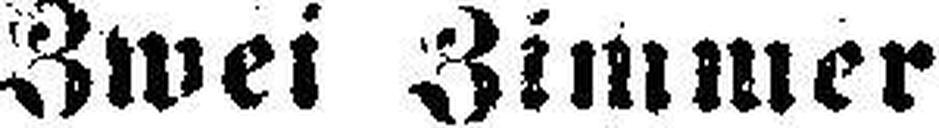
Zwei Zimmer